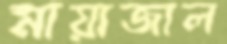
মায়াজাল